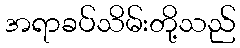
အရာခပ်သိမ်းတို့သည်